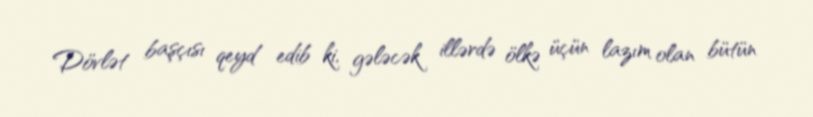
Dövlət başçısı qeyd edib ki, gələcək illərdə ölkə üçün lazım olan bütün